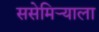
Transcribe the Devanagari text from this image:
ससेमिर्‍याला